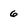
Character: 6